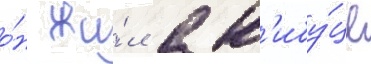
о́н жи́л в к'ибу́це